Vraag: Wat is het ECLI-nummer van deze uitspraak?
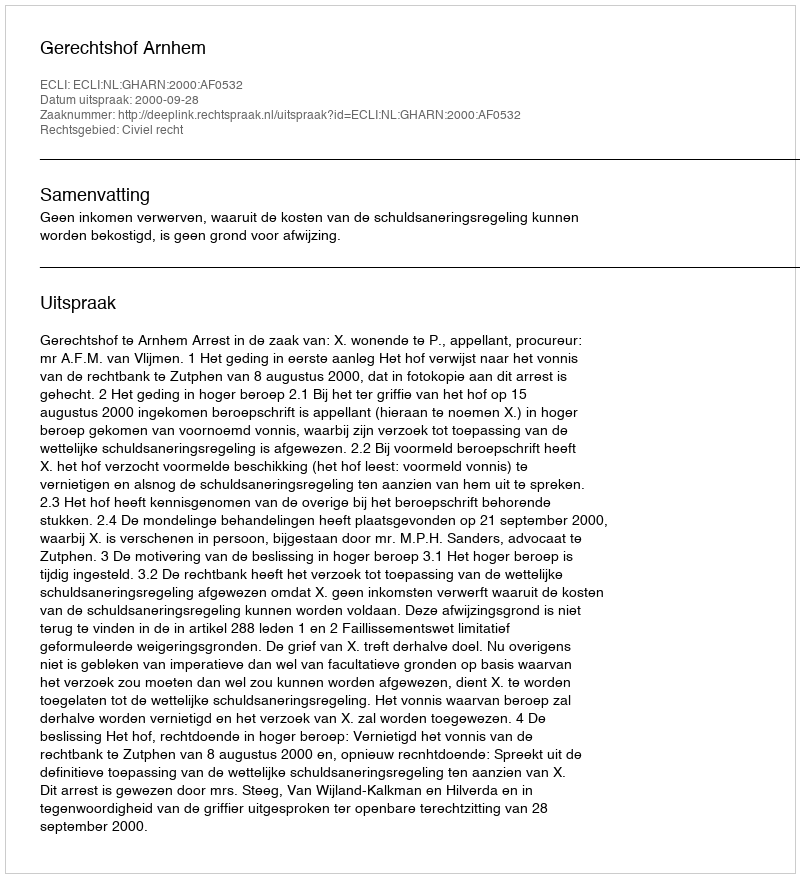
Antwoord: ECLI:NL:GHARN:2000:AF0532